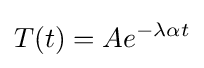
T(t)=Ae^{-\lambda \alpha t}